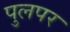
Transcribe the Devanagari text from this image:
पुलपर